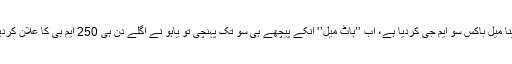
پھر معلوم ہوا کہ یاہو والے بھی مارکیٹ میں کود پڑے ہیں، اور انہوں نے بھی اپنا میل باکس سو ایم جی کردیا ہے، اب ’’ہاٹ میل’’ انکے پیچھے ہی سو تک پہنچی تو یاہو نے اگلے دن ہی 250 ایم بی کا علان کردیا اور پھر ان انکھوں نے دیکھا کہ میرا ہاٹ میل بھی 250 ایم بی کا ہو چکا ہے۔